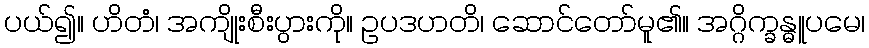
ပယ်၍။ ဟိတံ၊ အကျိုးစီးပွားကို။ ဥပဒဟတိ၊ ဆောင်တော်မူ၏။ အဂ္ဂိက္ခန္ဓူပမေ၊